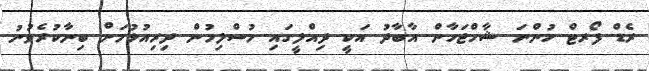
ރެޑް ފޯރޓް ހުންނަ ޝާހްޖަހާން އާބާދު އަކީ ދިއްލީގައި މުސްލިމުން ދިރިއުޅުމަށް ބިނާކުރެވުނު